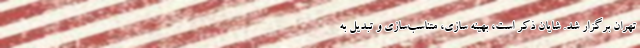
تهران برگزار شد. شایان ذکر است، بهینه سازی، متناسب‌سازی و تبدیل به